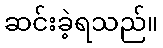
ဆင်းခဲ့ရသည်။